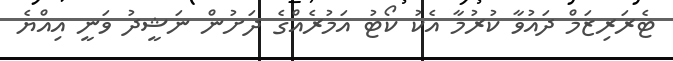
ޓެރަރިޒަމް ދައުވާ ކުރުމާ އެކު ކޯޓު އަމުރެއްގެ ދަށުން ނަޝީދު ވަނީ އިއްޔެ